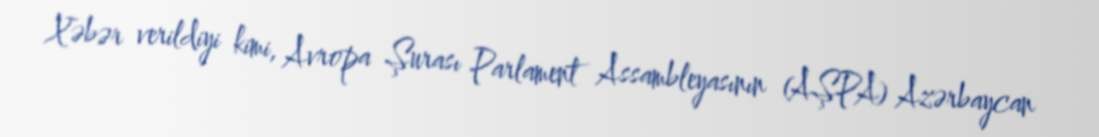
Xəbər verildiyi kimi, Avropa Şurası Parlament Assambleyasının (AŞPA) Azərbaycan